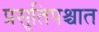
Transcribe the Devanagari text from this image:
प्रसूतिपश्चात